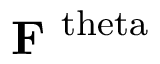
\mathbf { F } ^ { \mathrm { \ t h e t a } }